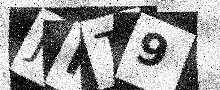
Text: JIT9